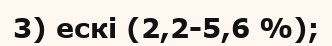
3) ескі (2,2-5,6 %);